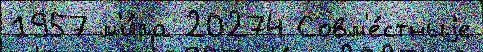
1957 м'и́ра 20274 Совм'е́стныjе